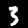
Digit: 3